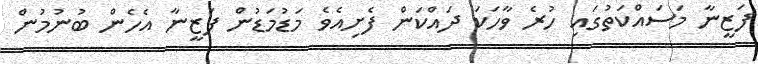
ފަޒީނާ މަސައްކަތުގައި ހުރެ ވާހަކަ ދައްކަން ފެށިއެވެ މަޑުމަޑުން ފަޒީނާ އެހެން ބުނުމުން